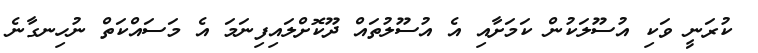
ކުރަނީ ވަކި އުސޫލަކުން ކަމަށާއި އެ އުސޫލުތައް ދޫކޮށްލައިފިނަމަ އެ މަސައްކަތް ނުހިނގާނެ